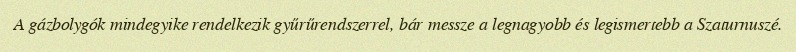
A gázbolygók mindegyike rendelkezik gyűrűrendszerrel, bár messze a legnagyobb és legismertebb a Szaturnuszé.